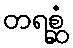
တရစ္ဆံ